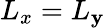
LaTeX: L_{x}=L_{\mathbf{y}}